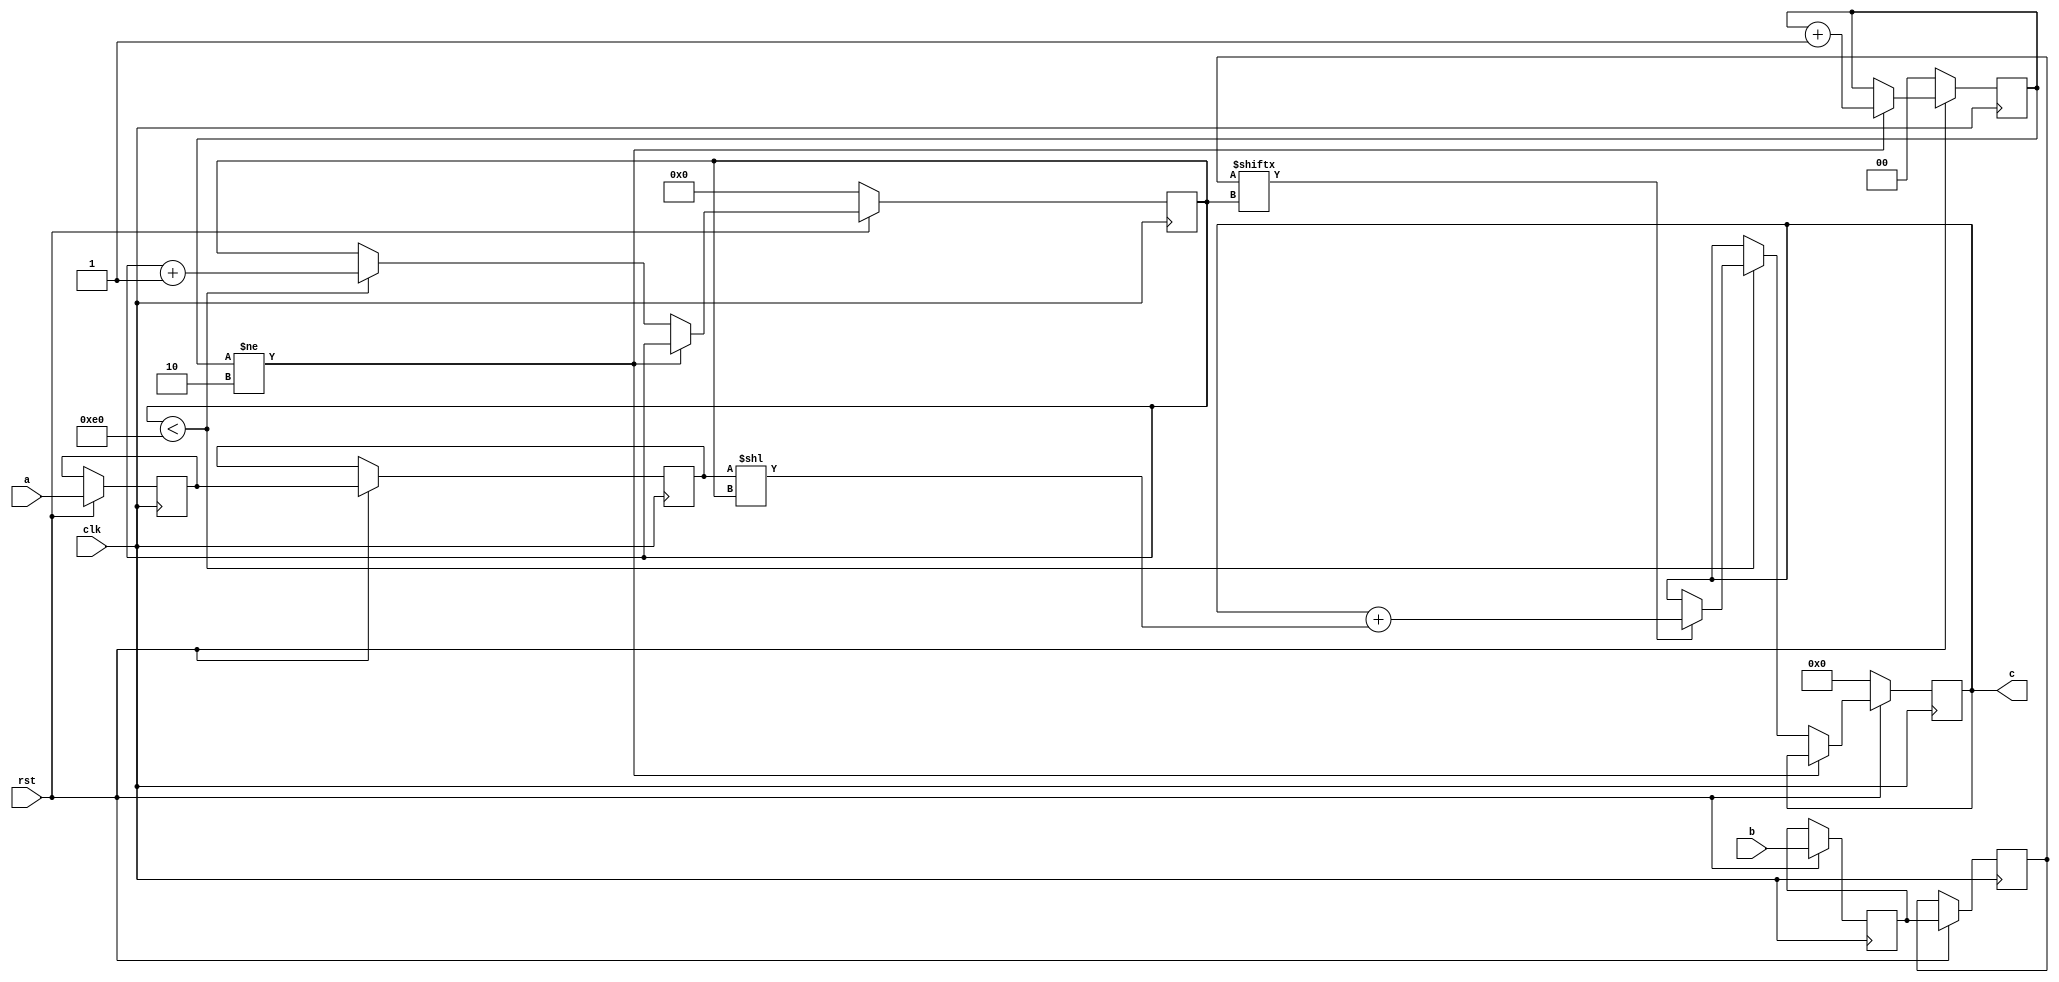
// TalTech large integer multiplier library
// Multiplier type: schoolbook
// Parameters: 224 224 3
// Target tool: genus
module schoolbook(clk, rst, a, b, c);
input clk;
input rst;
input [223:0] a;
input [223:0] b;
output reg [447:0] c;

reg [223:0] a_temp_2;
reg [223:0] b_temp_2;
reg [223:0] a_temp_1;
reg [223:0] b_temp_1;

reg  [7:0] count;
reg  [1:0] skip;

always @(posedge clk) begin
	if (rst == 1'b0) begin
		c <= 448'd0;
		count <= 8'd0;
		skip <= 2'd0;
	end
	else begin
		a_temp_1 <= a;
		b_temp_1 <= b;
		a_temp_2 <= a_temp_1;
		b_temp_2 <= b_temp_1;
		if (skip != 2) skip <= skip + 1;
		else begin
			if (count < 224) begin
				if (b_temp_2[count] == 1) begin
					c <= c + (a_temp_2 << count);
				end
				count <= count + 1;
			end
		end
	end
end
endmodule